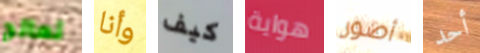
تعالج وأنا كيف هواية أصور أحد